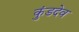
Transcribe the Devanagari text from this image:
कुंडदेव